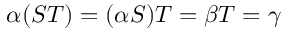
\alpha ( S T ) = ( \alpha S ) T = \beta T = \gamma